Report on plague and inoculation in the Punjab from October 1st ... to September 30th..., being the ... season of plague in the province
Disease focus: Plague
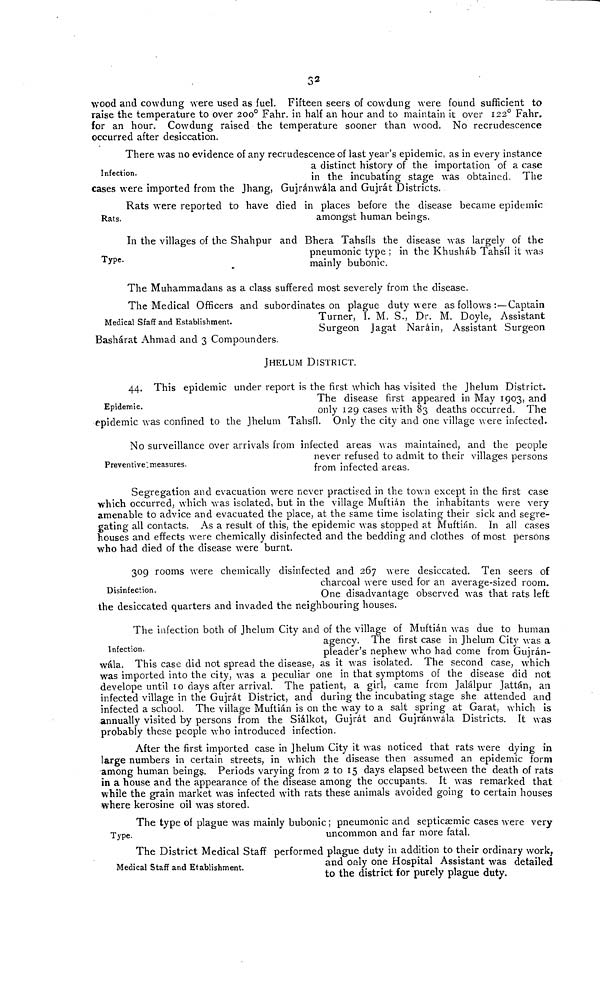
32
wood and cowdung were used as fuel. Fifteen seers of cowdung were found sufficient to
raise the temperature to over 200 o Fahr. in half an hour and to maintain it over 122 0 Fahr.
for an hour. Cowdung raised the temperature sooner than wood. No recrudescence
occurred after desiccation.
Infection.
There was no evidence of any recrudescence of last year's epidemic, as in every instance
a distinct history of the importation of a case
in the incubating stage was obtained. The
cases were imported from the Jhang, Gujránwála and Gujrát Districts.
Rats.
Rats were reported to have died in places before the disease became epidemic
amongst human beings.
Type.
In the villages of the Shahpur and Bhera Tahsils the disease was largely of the
pneumonic type ; in the Khusháb Tahsíl it was
mainly bubonic.
The Muhammadans as a class suffered most severely from the disease.
Medical Sfaff and Establishment.
The Medical Officers and subordinates on plague duty were as follows :—Captain
Turner, I. M. S., Dr. M. Doyle, Assistant
Surgeon Jagat Naráin, Assistant Surgeon
Bashárat Ahmad and 3 Compounders.
JHELUM DISTRICT.
Epidemic.
44. This epidemic under report is the first which has visited the Jhelum District.
The disease first appeared in May 1903, and
only 129 cases with 83 deaths occurred. The
epidemic was confined to the jhelum Tahsíl. Only the city and one village were infected.
Preventive measures.
No surveillance over arrivals from infected areas was maintained, and the people
never refused to admit to their villages persons
from infected areas.
Segregation and evacuation were never practised in the town except in the first case
which occurred, which was isolated, but in the village Muftián the inhabitants were very
amenable to advice and evacuated the place, at the same time isolating their sick and segre-
gating all contacts. As a result of this, the epidemic was stopped at Muftián. In all cases
houses and effects were chemically disinfected and the bedding and clothes of most persons
who had died of the disease were burnt.
Disinfection.
309 rooms were chemically disinfected and 267 were desiccated. Ten seers of
charcoal were used for an average-sized room.
One disadvantage observed was that rats left
the desiccated quarters and invaded the neighbouring houses.
Infection.
The infection both of Jhelum City and of the village of Muftián was due to human
agency. The first case in Jhelum City was a
pleader's nephew who had come from Gujrán-
wála. This case did not spread the disease, as it was isolated. The second case, which
was imported into the city, was a peculiar one in that symptoms of the disease did not
develope until 10 days after arrival. The patient, a girl, came from Jalálpur Jattán, an
infected village in the Gujrát District, and during the incubating stage she attended and
infected a school. The village Muftián is on the way to a salt spring at Garat, which is
annually visited by persons from the Siálkot, Gujrát and Gujränwala Districts. It was
probably these people who introduced infection.
After the first imported case in Jhelum City it was noticed that rats were dying in
large numbers in certain streets, in which the disease then assumed an epidemic form
among human beings. Periods varying from 2 to 15 days elapsed between the death of rats
in a house and the appearance of the disease among the occupants. It was remarked that
while the grain market was infected with rats these animals avoided going to certain houses
where kerosine oil was stored.
Type.
The type of plague was mainly bubonic ; pneumonic and septicaemic cases were very-
uncommon and far more fatal.
Medical Staff and Etablishment
The District Medical Staff performed plague duty in addition to their ordinary work,
and only one Hospital Assistant was detailed
to the district for purely plague duty.